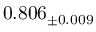
0 . 8 0 6 _ { \pm 0 . 0 0 9 }